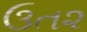
ઉત૨